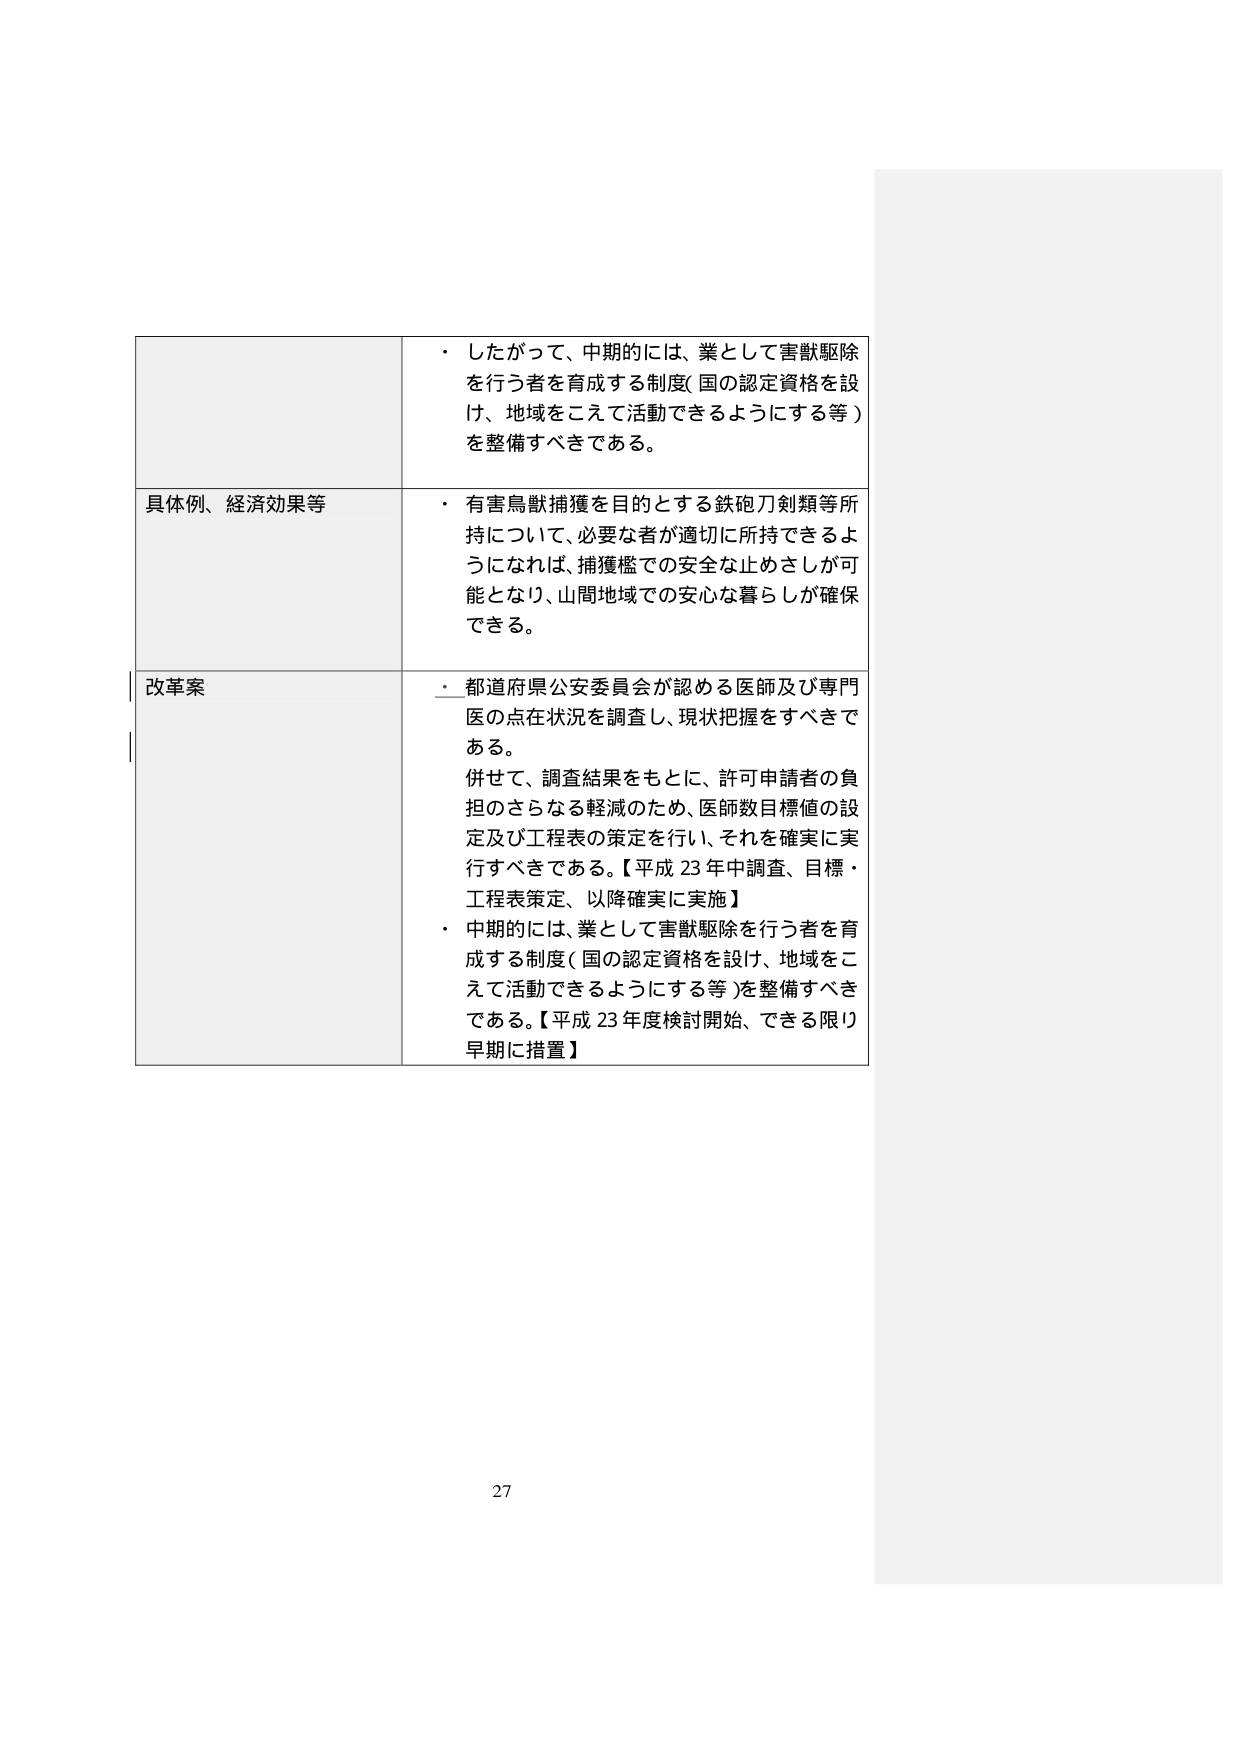
・したがって、中期的には、業として害獣駆除を行う者を育成する制度（国の認定資格を設け、地域をこえて活動できるようにする等）を整備すべきである。

具体例、経済効果等
・有害鳥獣捕獲を目的とする鉄砲刀剣類等所持について、必要な者が適切に所持できるようになれば、捕獲艦での安全な止めさしが可能となり、山間地域での安心な暮らしが確保できる。

改革案
・都道府県公安委員会が認める医師及び専門医の点在状況を調査し、現状把握をすべきである。
併せて、調査結果をもとに、許可申請者の負担のさらなる軽減のため、医師数目標値の設定及び工程表の策定を行い、それを確実に実行すべきである。【平成23年中調査、目標・工程表策定、以降確実に実施】
・中期的には、業として害獣駆除を行う者を育成する制度（国の認定資格を設け、地域をこえて活動できるようにする等）を整備すべきである。【平成23年度検討開始、できる限り早期に措置】

27